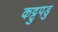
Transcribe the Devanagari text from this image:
कट्टुपडु